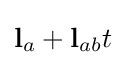
\mathbf {l} _{a}+\mathbf {l} _{ab}t